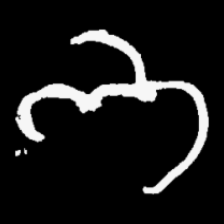
Pyu character \u2014 Myanmar letter: ဘ (romanized: bha)